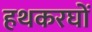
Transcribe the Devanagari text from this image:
हथकरघों